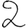
Digit: 2